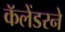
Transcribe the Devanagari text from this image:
कॅलेंडरने